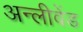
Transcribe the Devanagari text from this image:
अन्लीवेंड